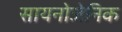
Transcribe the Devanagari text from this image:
सायनोजेनिक